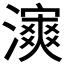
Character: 𤀿